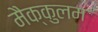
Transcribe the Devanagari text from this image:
मैक्कुलम